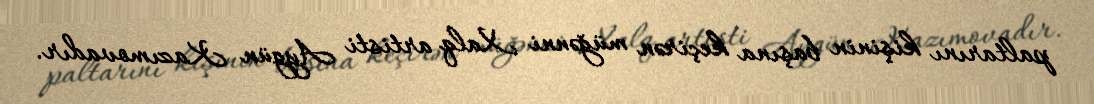
paltarını kişinin başına keçirən müğənni Xalq artisti Aygün Kazımovadır.